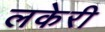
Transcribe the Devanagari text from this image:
लकेरी